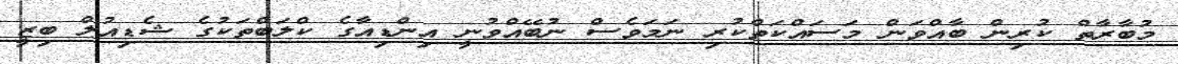
މުބާރާތް ކުރިން ބާއްވަން މަސައްކަތްކުރި ނަމަވެސް ނުބޭއްވުނީ އިންޑިއާގެ ކްލަބްތަކުގެ ޝެޑިއުލް ބިޒީ